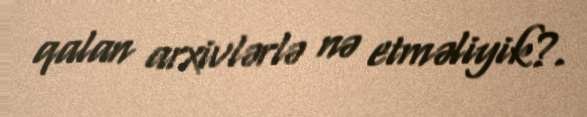
qalan arxivlərlə nə etməliyik?.